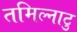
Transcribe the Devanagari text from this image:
तमिल्नाटु